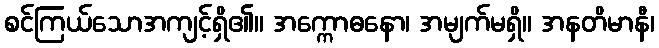
စင်ကြယ်သောအကျင့်ရှိ၏။ အက္ကောဓနော၊ အမျက်မရှိ။ အနတိမာနီ၊